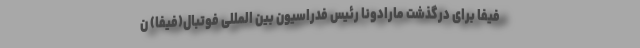
فیفا برای درگذشت مارادونا رئیس فدراسیون بین المللی فوتبال(فیفا) ن